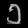
Digit: ၁